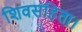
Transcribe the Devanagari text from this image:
शिवसंहिता।